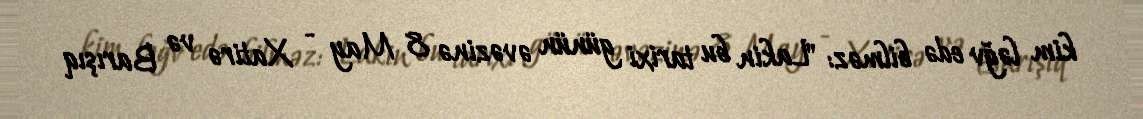
kim ləğv edə bilməz: "Lakin bu tarixi günün əvəzinə 8 May - Xatirə və Barışıq